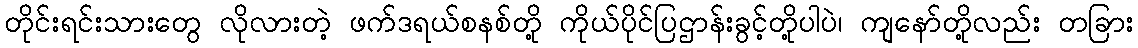
တိုင်းရင်းသားတွေ လိုလားတဲ့ ဖက်ဒရယ်စနစ်တို့ ကိုယ်ပိုင်ပြဌာန်းခွင့်တို့ပါပဲ၊ ကျနော်တို့လည်း တခြား